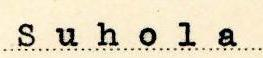
Suhola